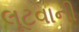
લૂટવાની